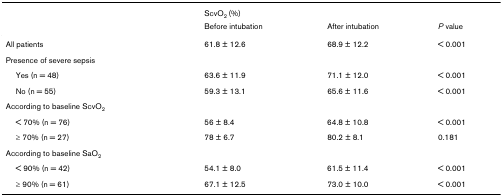
|  | ScvO2 (%) |  |  |
 |  | Before intubation | After intubation | P value |
 | --- | --- | --- | --- |
 | All patients | 61.8 ± 12.6 | 68.9 ± 12.2 | < 0.001 |
 | Presence of severe sepsis |  |  |  |
 | Yes (n = 48) | 63.6 ± 11.9 | 71.1 ± 12.0 | < 0.001 |
 | No (n = 55) | 59.3 ± 13.1 | 65.6 ± 11.6 | < 0.001 |
 | According to baseline ScvO2 |  |  |  |
 | < 70% (n = 76) | 56 ± 8.4 | 64.8 ± 10.8 | < 0.001 |
 | ≥ 70% (n = 27) | 78 ± 6.7 | 80.2 ± 8.1 | 0.181 |
 | According to baseline SaO2 |  |  |  |
 | < 90% (n = 42) | 54.1 ± 8.0 | 61.5 ± 11.4 | < 0.001 |
 | ≥ 90% (n = 61) | 67.1 ± 12.5 | 73.0 ± 10.0 | < 0.001 |